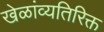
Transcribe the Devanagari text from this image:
खेळांव्यतिरिक्त